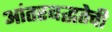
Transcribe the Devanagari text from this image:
आंतरबद्धतेची